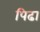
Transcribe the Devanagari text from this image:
पिढा